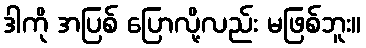
ဒါကို အပြစ် ပြောလို့လည်း မဖြစ်ဘူး။